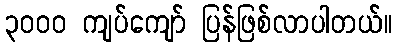
၃၀၀၀ ကျပ်ကျော် ပြန်ဖြစ်လာပါတယ်။